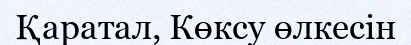
Қаратал, Көксу өлкесін